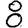
Digit: 8